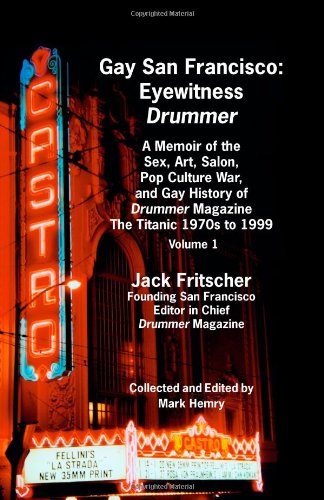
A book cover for Gay San Francisco: Eyewitness Drummer Vol. 1 (Issues 14-20); Jack Fritscher; Gay & Lesbian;